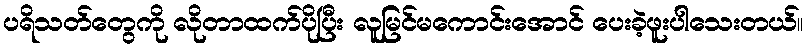
ပရိသတ်တွေကို လိုတာထက်ပိုပြီး လူမြင်မကောင်းအောင် ပေးခဲ့ဖူးပါသေးတယ်။